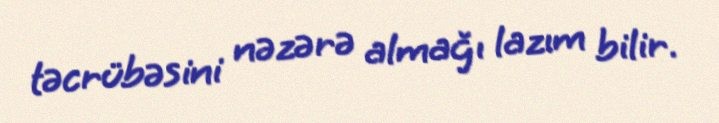
təcrübəsini nəzərə almağı lazım bilir.